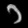
Digit: ၁